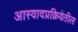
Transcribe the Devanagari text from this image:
आस्वादप्रक्रियेतील